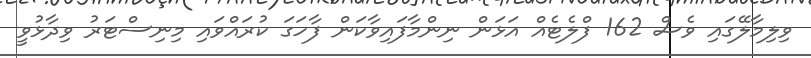
ވިލިމާލޭގައި ވެސް 162 ފްލެޓެއް އަޅަން ނިންމާފައިވާކަން ފާހަގަ ކުރައްވައި މިނިސްޓަރު ވިދާޅުވީ